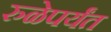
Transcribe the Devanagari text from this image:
रुळेपर्यंत